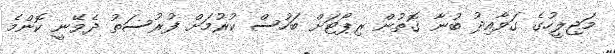
މަޖިލީހުގެ ގަވާއިދު ބުނާ ގޮތުން ރިޕޯޓަށް ބަހުސް ކުރުމަށް ފުރުސަތު ދެވޭނީ ކޮންމެ